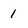
Character: 1